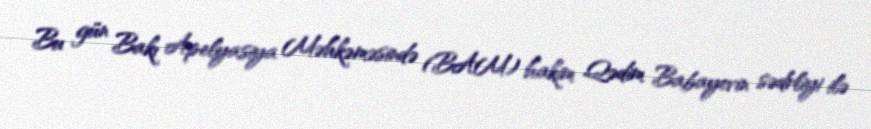
Bu gün Bakı Apelyasiya Məhkəməsində (BAM) hakim Qədim Babayevin sədrliyi ilə